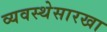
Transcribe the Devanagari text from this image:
व्यवस्थेसारखा